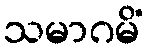
သမာဂမိံ